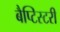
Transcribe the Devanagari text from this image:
बैप्टिस्टरी